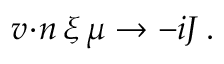
{ v \! \cdot \! n } \, \xi \, \mu \to - i J \, .